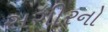
સગીરનો